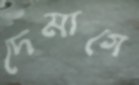
দেমাগে